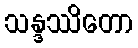
သန္ဒဿိတော